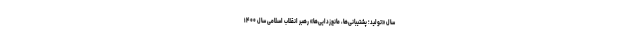
سال «تولید؛ پشتیبانی‌ها، مانع‌زدایی‌ها» رهبر انقلاب اسلامی سال ۱۴۰۰